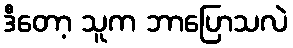
ဒီတော့ သူက ဘာပြောသလဲ